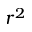
r ^ { 2 }